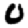
Digit: 0